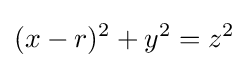
(x-r)^{2}+y^{2}=z^{2}